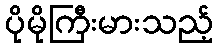
ပိုမိုကြီးမားသည့်